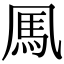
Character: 𩡫